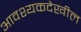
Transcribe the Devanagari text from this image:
आवश्यकदेखील